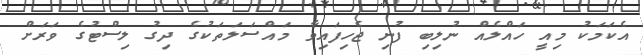
އެކަމަކު މިއީ ހައްލެއް ނުލިބި ފުނި ޖެހިފައިވާ މައްސަލަތަކުގެ ދިގު ލިސްޓުގެ ވަރަށް